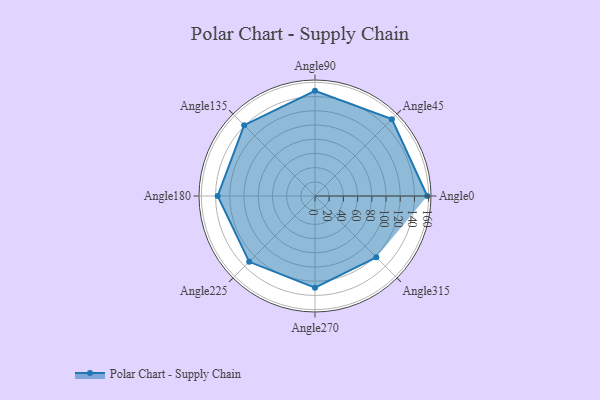
{"axis": {"x": "Angle", "y": "Radius"}, "legend": [""], "data": [{"x": "Angle0", "y": 158.0, "type": ""}, {"x": "Angle45", "y": 153.0, "type": ""}, {"x": "Angle90", "y": 148.0, "type": ""}, {"x": "Angle135", "y": 141.0, "type": ""}, {"x": "Angle180", "y": 137.0, "type": ""}, {"x": "Angle225", "y": 131.0, "type": ""}, {"x": "Angle270", "y": 129.0, "type": ""}, {"x": "Angle315", "y": 122.0, "type": ""}]}